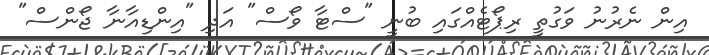
އިން ނެރުނު ވަގުތީ ރިޕޯޓެއްގައި ބުނީ "ސްޓާ ވޯސް" އަދި "އިންޑިއާނާ ޖޯންސް"